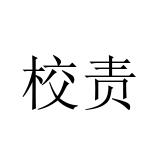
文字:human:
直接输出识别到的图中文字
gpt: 校责